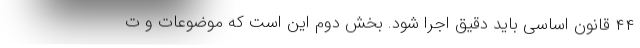
۴۴ قانون اساسی باید دقیق اجرا شود. بخش دوم این است که موضوعات و ت